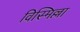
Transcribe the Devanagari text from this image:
विस्मिल्ला